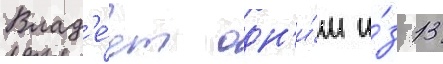
Влад'е́ет одн'и́м и́з 13